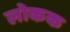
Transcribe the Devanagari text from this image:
लोकक